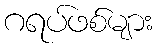
ဂရပ်ဖစ်များ